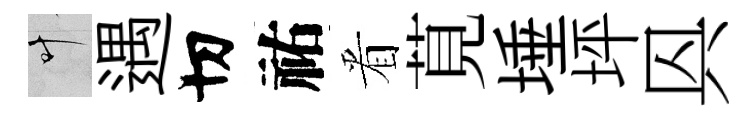
叶遇切祐㸔莧埵坪㒷